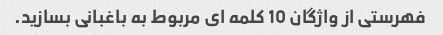
فهرستی از واژگان 10 کلمه ای مربوط به باغبانی بسازید.